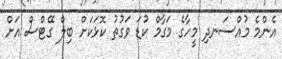
އެންމެ މުއްސަނދި މީހާގެ މަގާމް ކުޑަ ވަގުތު ކޮޅަކަށް ބިލް ގޭޓްސް އަށް